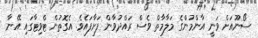
ސޯނޫއަށް ވަނީ އާންމުންގެ މަލާމާތް ވެސް ރައްދުވާން ފަށާފައެވެ. އެގޮތުން ޓްވިޓާގައި އޭނާ